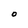
Character: O